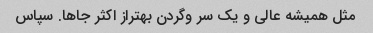
مثل همیشه عالی و یک سر وگردن بهتراز اکثر جاها. سپاس